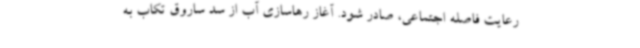
رعایت فاصله اجتماعی، صادر شود. آغاز رهاسازی آب از سد ساروق تکاب به